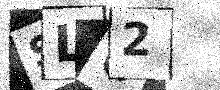
Text: SLU2